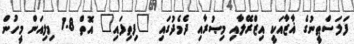
ފަލަސްޠީނުގެ ޣާޒާއަކީ އިޒްރޭލާއި މިޞުރާއި ދެމެދުގައި "ފިތިފައި" އޮތް 1.8 މިލިއަން މީހުން